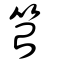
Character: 笞